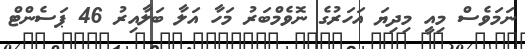
ނަމަވެސް މިއީ މިދިޔަ އަހަރުގެ ނޮވެމްބަރު މަހާ އަލާ ބަލާއިރު 46 ޕަސެންޓް